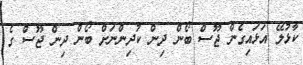
ކާޅުލޭ އަޅައިގެން ޖޫސް ބޯން ދިން ކުދިންނަށް ބޯން ދިން ޖޫސް ގެ